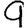
Digit: 9